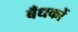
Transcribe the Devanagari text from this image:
बँधकों